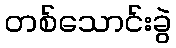
တစ်သောင်းခွဲ